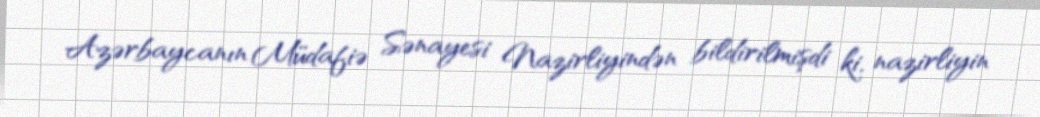
Azərbaycanın Müdafiə Sənayesi Nazirliyindən bildirilmişdi ki, nazirliyin